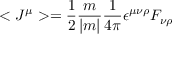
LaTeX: < J ^ { \mu } > = \frac { 1 } { 2 } \frac { m } { | m | } \frac { 1 } { 4 \pi } \epsilon ^ { \mu \nu \rho } F _ { \nu \rho }